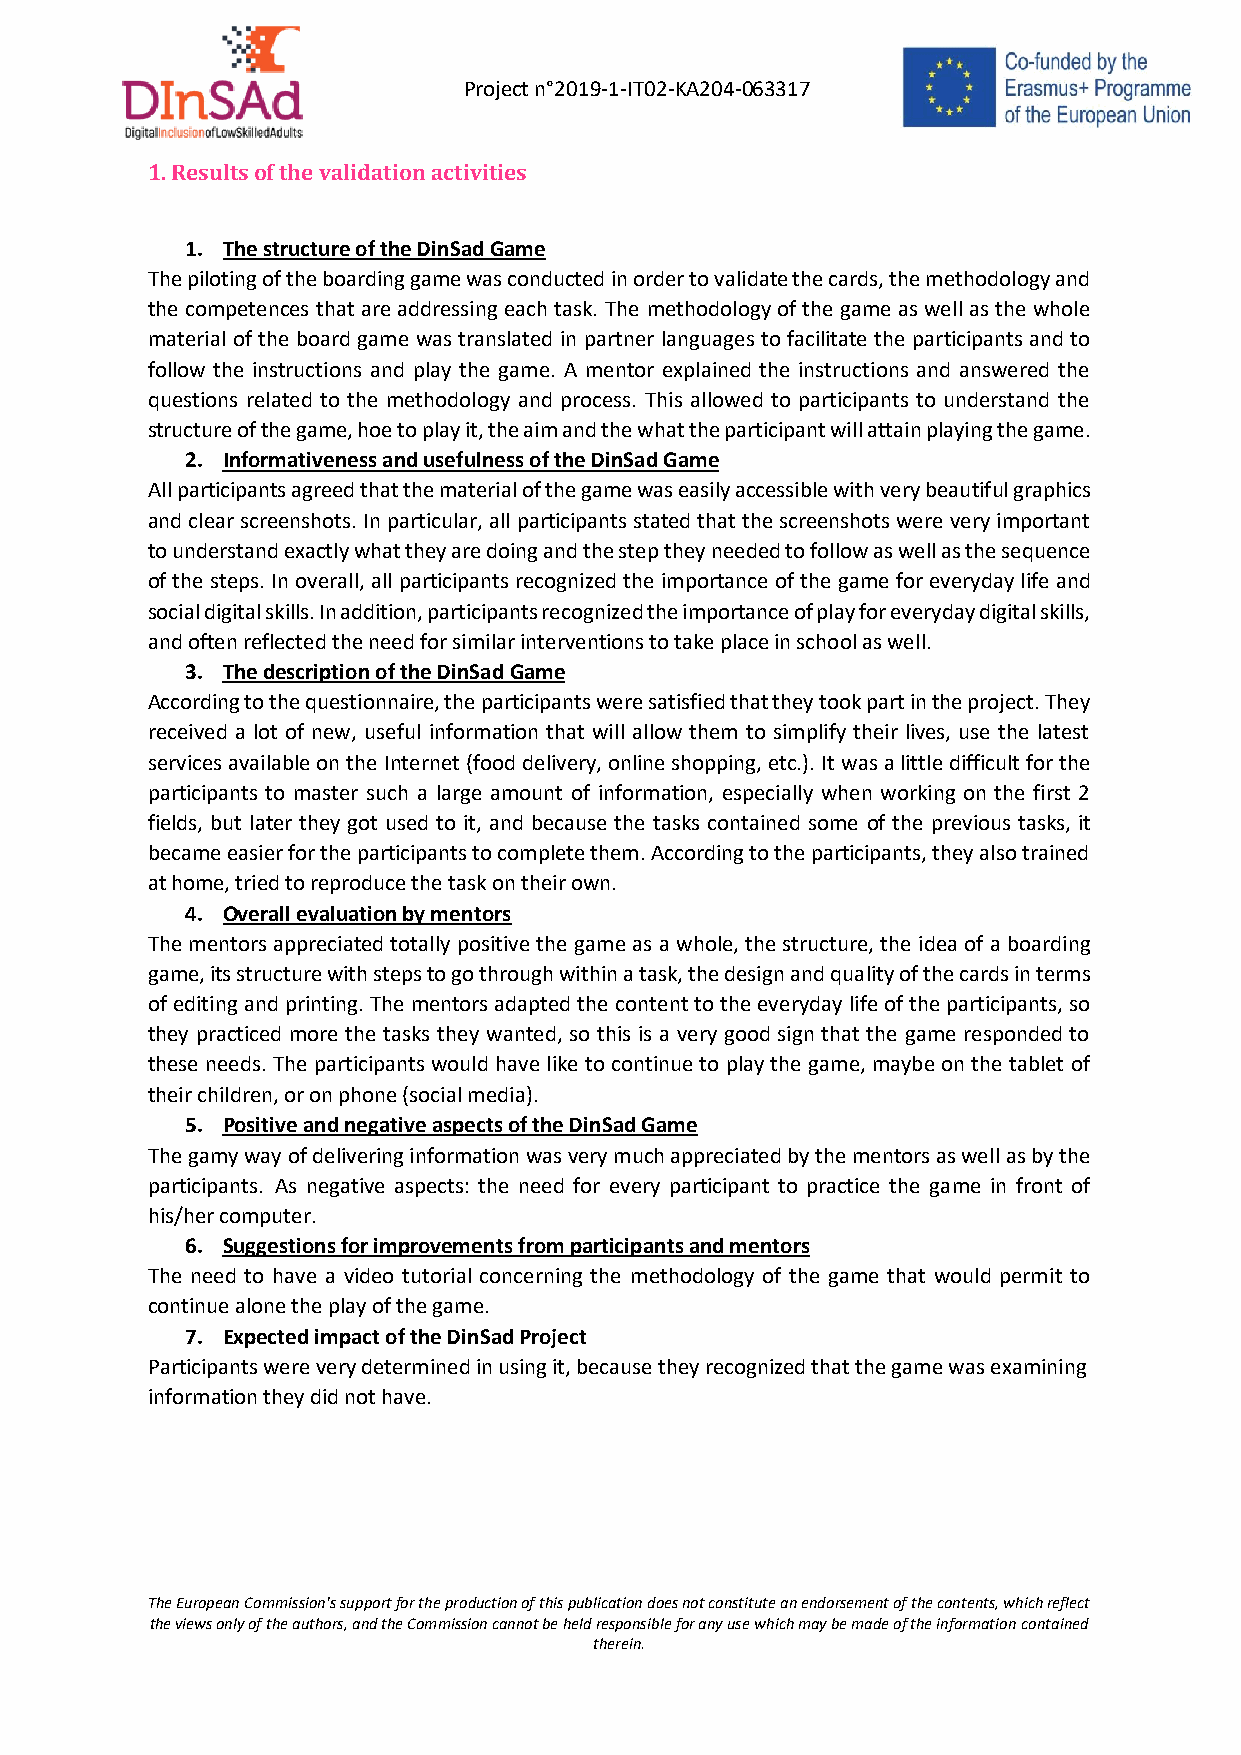
Project n°2019-1-IT02-KA204-063317
 1. Results of the validation activities
 1. The structure of the DinSad Game
 The piloting of the boarding game was conducted in order to validate the cards, the methodology and
 the competences that are addressing each task. The methodology of the game as well as the whole
 material of the board game was translated in partner languages to facilitate the participants and to
 follow the instructions and play the game. A mentor explained the instructions and answered the
 questions related to the methodology and process. This allowed to participants to understand the
 structure of the game, hoe to play it, the aim and the what the participant will attain playing the game.
 2. Informativeness and usefulness of the DinSad Game
 All participants agreed that the material of the game was easily accessible with very beautiful graphics
 and clear screenshots. In particular, all participants stated that the screenshots were very important
 to understand exactly what they are doing and the step they needed to follow as well as the sequence
 of the steps. In overall, all participants recognized the importance of the game for everyday life and
 social digital skills. In addition, participants recognized the importance of play for everyday digital skills,
 and often reflected the need for similar interventions to take place in school as well.
 3. The description of the DinSad Game
 According to the questionnaire, the participants were satisfied that they took part in the project. They
 received a lot of new, useful information that will allow them to simplify their lives, use the latest
 services available on the Internet (food delivery, online shopping, etc.). It was a little difficult for the
 participants to master such a large amount of information, especially when working on the first 2
 fields, but later they got used to it, and because the tasks contained some of the previous tasks, it
 became easier for the participants to complete them. According to the participants, they also trained
 at home, tried to reproduce the task on their own.
 4. Overall evaluation by mentors
 The mentors appreciated totally positive the game as a whole, the structure, the idea of a boarding
 game, its structure with steps to go through within a task, the design and quality of the cards in terms
 of editing and printing. The mentors adapted the content to the everyday life of the participants, so
 they practiced more the tasks they wanted, so this is a very good sign that the game responded to
 these needs. The participants would have like to continue to play the game, maybe on the tablet of
 their children, or on phone (social media).
 5. Positive and negative aspects of the DinSad Game
 The gamy way of delivering information was very much appreciated by the mentors as well as by the
 participants. As negative aspects: the need for every participant to practice the game in front of
 his/her computer.
 6. Suggestions for improvements from participants and mentors
 The need to have a video tutorial concerning the methodology of the game that would permit to
 continue alone the play of the game.
 7. Expected impact of the DinSad Project
 Participants were very determined in using it, because they recognized that the game was examining
 information they did not have.
 The European Commission's support for the production of this publication does not constitute an endorsement of the contents, which reflect
 the views only of the authors, and the Commission cannot be held responsible for any use which may be made of the information contained
 therein.